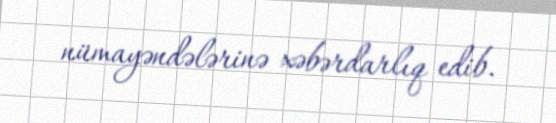
nümayəndələrinə xəbərdarlıq edib.